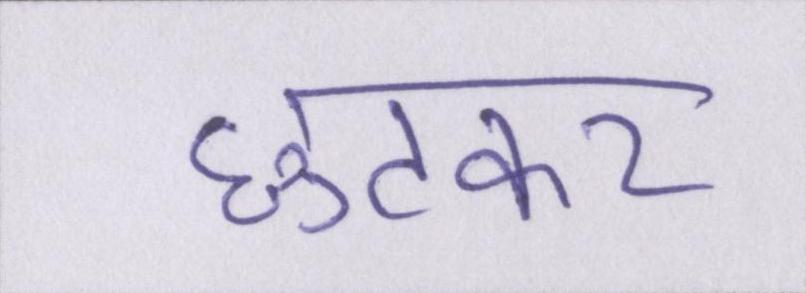
छुटकर